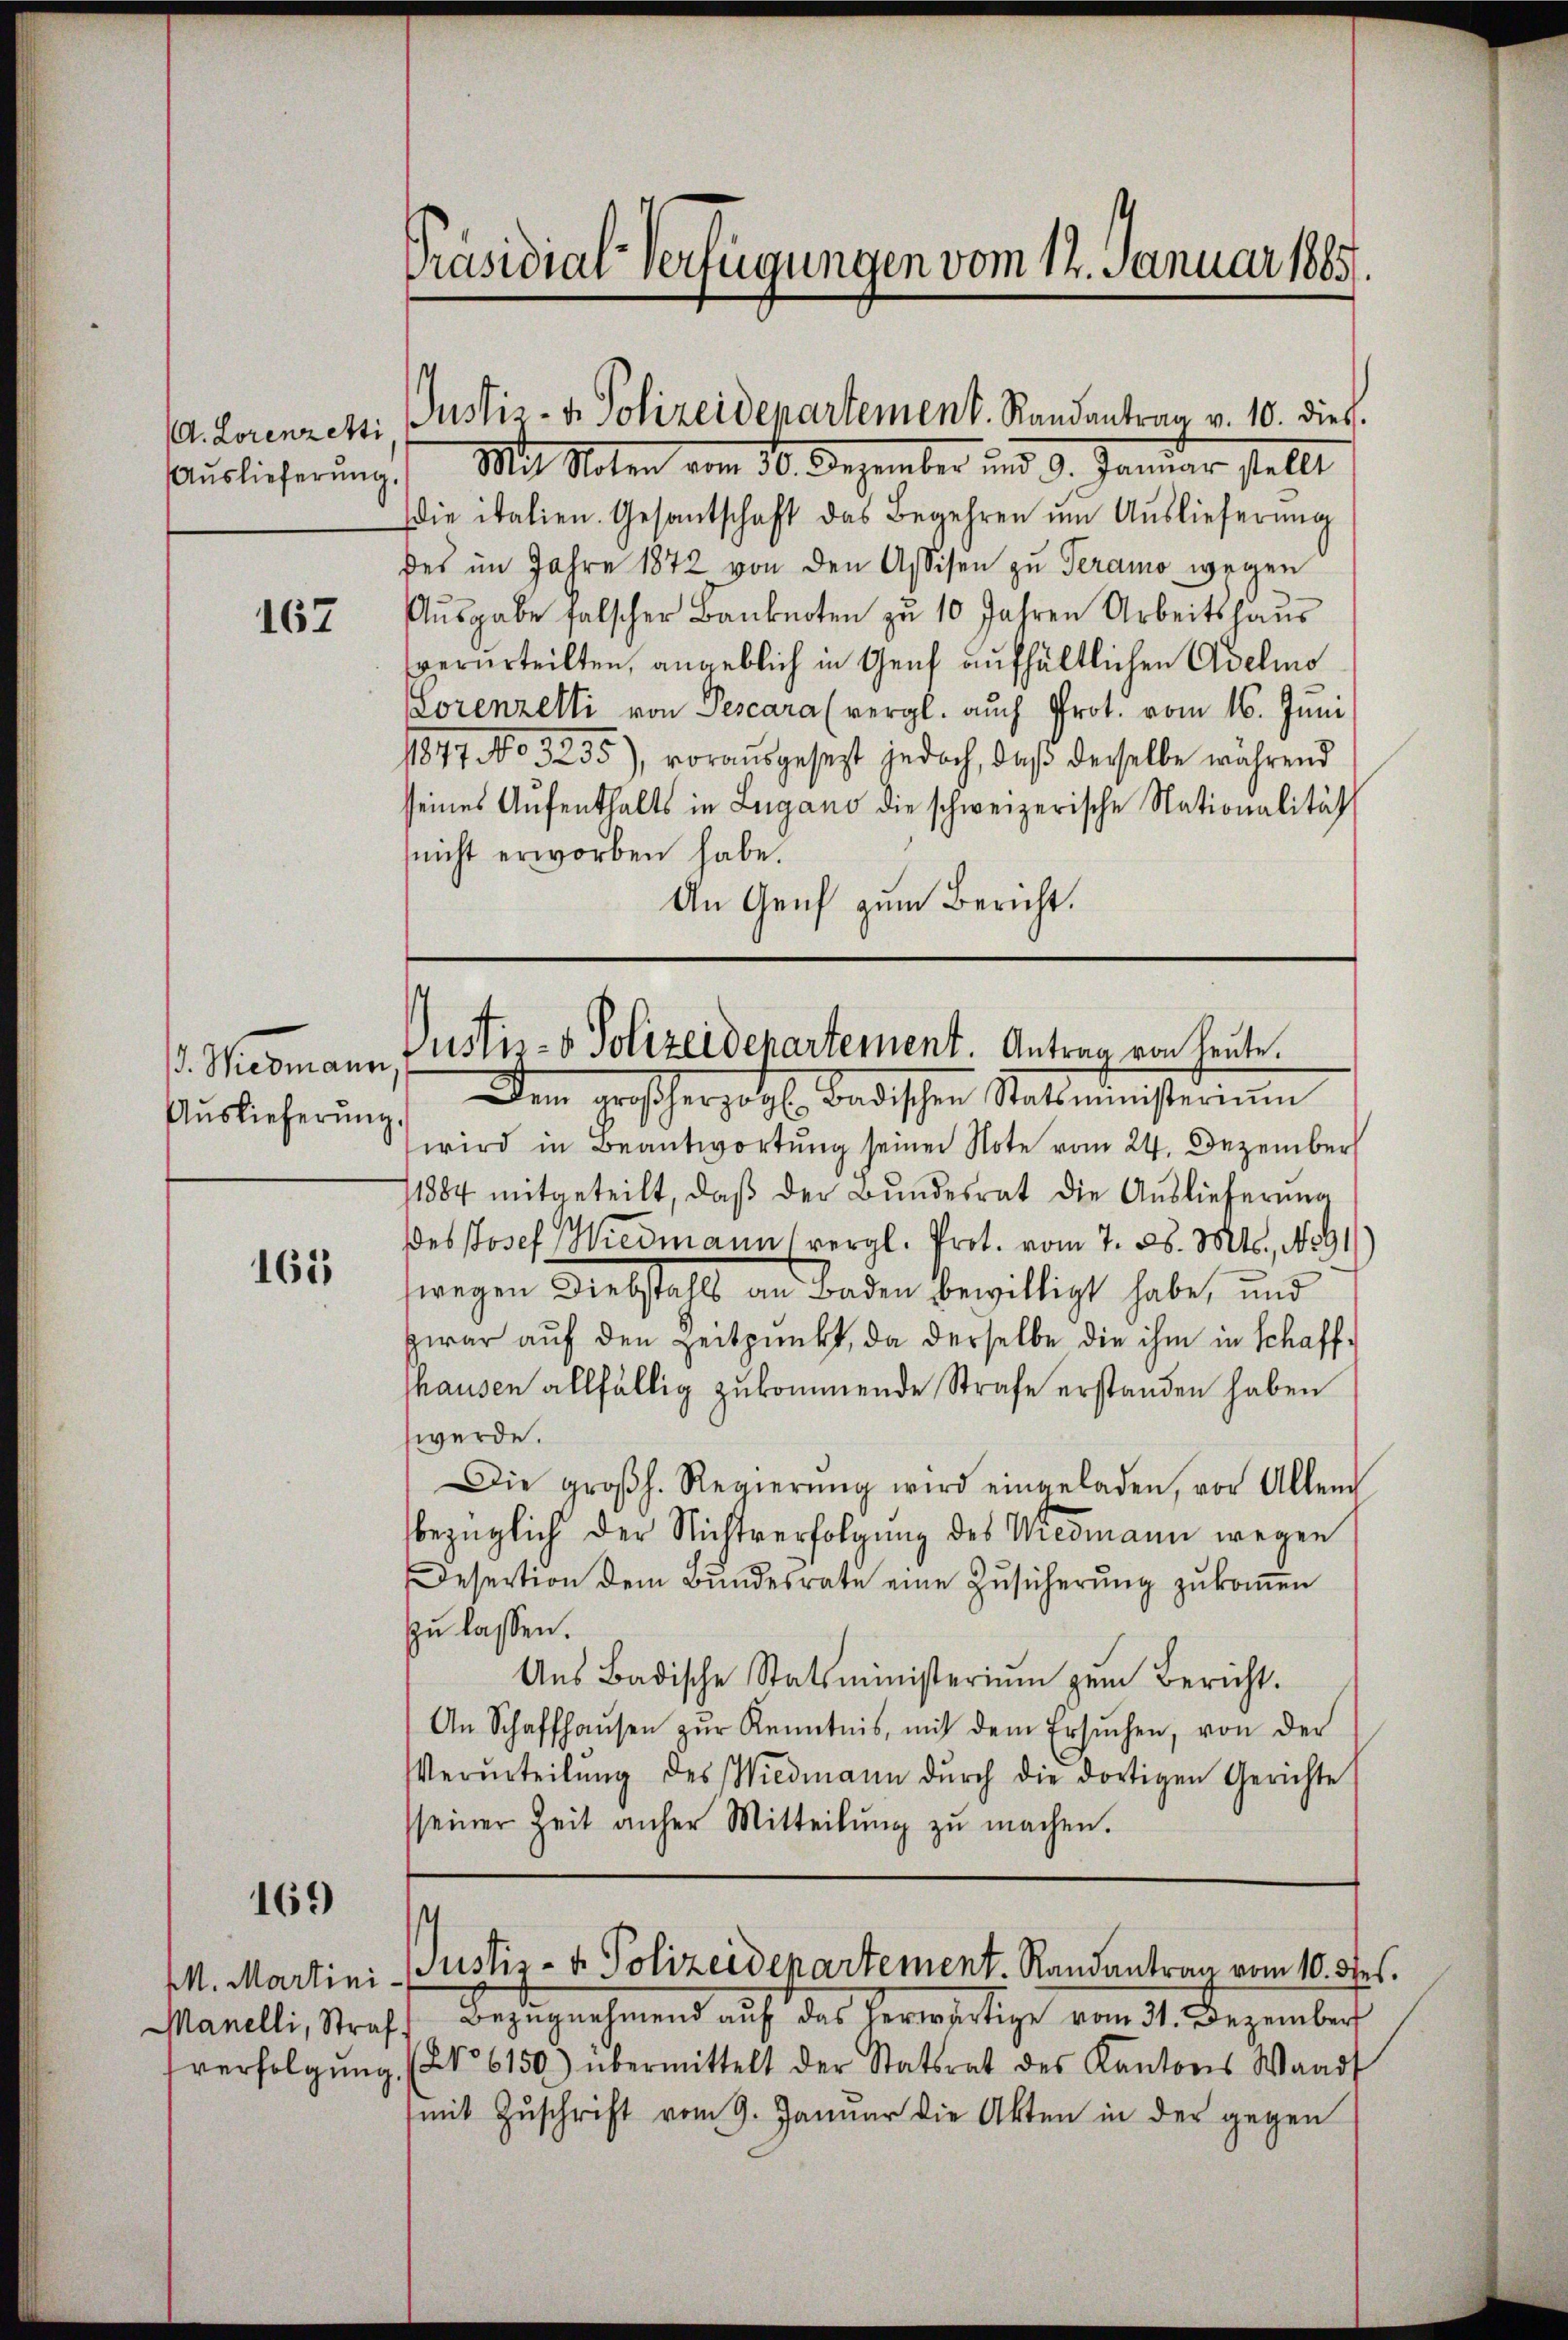
(d. Lorenzetti,
Auslieferung

167

. Niemann
Auslieferung.

161

169

Präsidial-Verfügungen vom 12. Januar 1885.

Justiz- & Polizeidepartement. Randantrag v. 10. dies

.) Mit Noten vom 30. Dezember und 9. Januar stellt
Die italien. Gesandtschaft das Begehren um Auslieferung
des im Jahre 1872 von den Assisen zu Teramo wegen
Aŭsgabe falscher Banknoten zu 10 Jahren Arbeitshaŭs
verurteilten, angeblich in Genf aufhältlichen Adelio
Lorenzelti von Pescara (vergl. auch Prot. vom 16. Juni
1847 No 3255), vorausgesezt jedoch, daβ derselbe während
seines Aŭfenthalts in Lugano die schweizerische Nationalität
(nicht erworben habe.
An Genf zum Bericht.

Justiz- & Polizeidepartement. Antrag von heute.

Dem großherzogl. Badischen Statsministerium
wird in Beantwortung seiner Note vom 24. Dezember
11884 mitgeteilt, daβ der Bundesrat die Auslieferung
Des Josef Wiedmann vergl. Prot. vom 7. d. Mts., No 91
wegen Diebstahls an Baden bewilligt habe, und
zwar auf den Zeitpunkt, da derselbe die ihm in Schaffthausen allfällig zukommende Strafe erstanden haben
werde.
Die groβh. Regierŭng wird eingeladen, vor Allend
bezüglich der Nichtverfolgung des Wiedmann wegen
Desertion dem Bŭndesrate eine Zŭsicherŭng zŭkoṁen
zu lassen.
Ans Badische Statsministeriŭm zŭm Bericht.
An Schaffhaŭsen zŭr Kenntnis, mit dem Ersŭchen, von der
Verurteilŭng des Wiedmann dŭrch die dortigen Gerichte
seiner Zeit anher Mitteilŭng zŭ machen.

s
MM. Martini-Justiz- & Polizeidepartement. Randantrag vom 10. Jes.

Manelli, Straf, Bezŭgnehmend aŭf das herwärtige vom 31. Dezember
verfolgŭng (§ 6150) übermittelt der Statsrat des Kantons Waadt
mit Zuschrift vom 9. Januar die Akten in der gegen